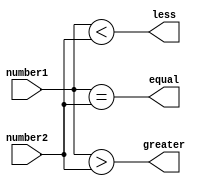
module fixed_point_comparator (
  input signed [15:0] number1,
  input signed [15:0] number2,
  output equal,
  output greater,
  output less
);

  assign equal = (number1 == number2);
  assign greater = (number1 > number2);
  assign less = (number1 < number2);

endmodule